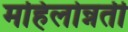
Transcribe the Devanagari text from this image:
महिलोन्नती